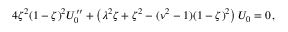
4 \zeta ^ { 2 } ( 1 - \zeta ) ^ { 2 } U _ { 0 } ^ { \prime \prime } + \left( \lambda ^ { 2 } \zeta + \zeta ^ { 2 } - ( \nu ^ { 2 } - 1 ) ( 1 - \zeta ) ^ { 2 } \right) U _ { 0 } = 0 \, ,